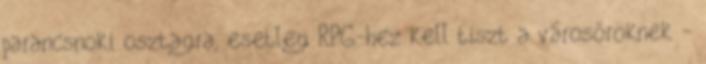
parancsnoki osztagra, esetleg RPG-hez kell tiszt a városőröknek -